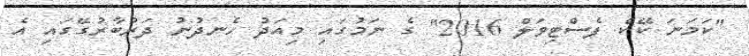
"ކަމަނަ ކޭކް ފެސްޓިވަލް 2016" ގެ ނަމުގައި މިއަދު ހެނދުނު ދަރުބާރުގޭގައި އެ